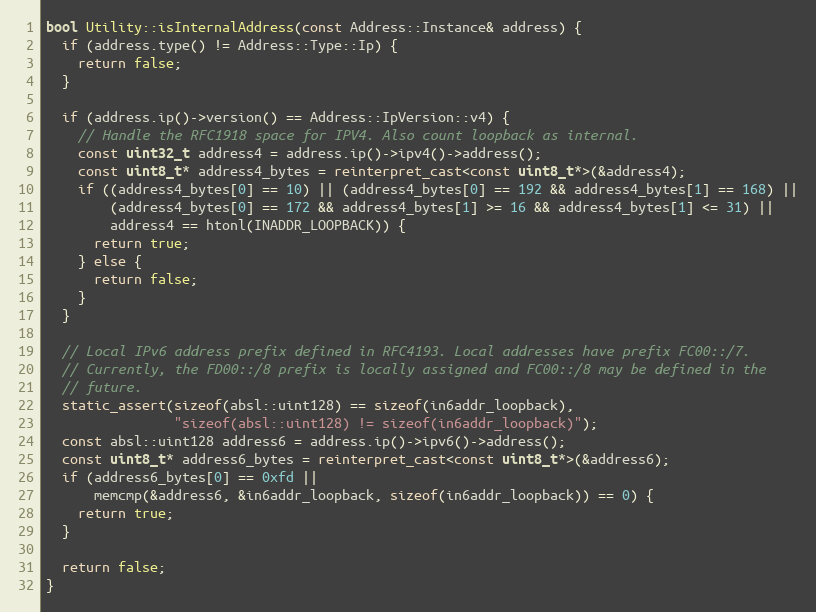
Language: C++
bool Utility::isInternalAddress(const Address::Instance& address) {
  if (address.type() != Address::Type::Ip) {
    return false;
  }

  if (address.ip()->version() == Address::IpVersion::v4) {
    // Handle the RFC1918 space for IPV4. Also count loopback as internal.
    const uint32_t address4 = address.ip()->ipv4()->address();
    const uint8_t* address4_bytes = reinterpret_cast<const uint8_t*>(&address4);
    if ((address4_bytes[0] == 10) || (address4_bytes[0] == 192 && address4_bytes[1] == 168) ||
        (address4_bytes[0] == 172 && address4_bytes[1] >= 16 && address4_bytes[1] <= 31) ||
        address4 == htonl(INADDR_LOOPBACK)) {
      return true;
    } else {
      return false;
    }
  }

  // Local IPv6 address prefix defined in RFC4193. Local addresses have prefix FC00::/7.
  // Currently, the FD00::/8 prefix is locally assigned and FC00::/8 may be defined in the
  // future.
  static_assert(sizeof(absl::uint128) == sizeof(in6addr_loopback),
                "sizeof(absl::uint128) != sizeof(in6addr_loopback)");
  const absl::uint128 address6 = address.ip()->ipv6()->address();
  const uint8_t* address6_bytes = reinterpret_cast<const uint8_t*>(&address6);
  if (address6_bytes[0] == 0xfd ||
      memcmp(&address6, &in6addr_loopback, sizeof(in6addr_loopback)) == 0) {
    return true;
  }

  return false;
}